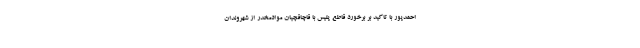
احمدپور با تاکید بر برخورد قاطع پلیس با قاچاقچیان موادمخدر از شهروندان